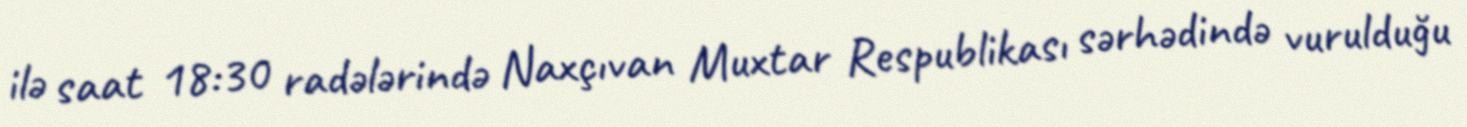
ilə saat 18:30 radələrində Naxçıvan Muxtar Respublikası sərhədində vurulduğu